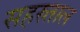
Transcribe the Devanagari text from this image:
सहस्र्ताल